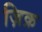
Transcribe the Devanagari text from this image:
ज़िक्र